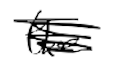
Text: the
Cross-out: scratch
Writing tool: digital_black